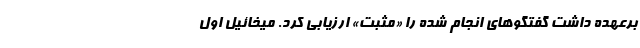
برعهده داشت گفتگوهای انجام شده را «مثبت» ارزیابی کرد. میخائیل اول